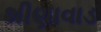
શીણાવાડ